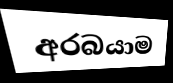
අරබයාම